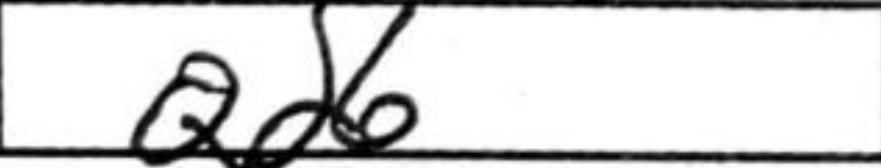
Transcription: Qd6